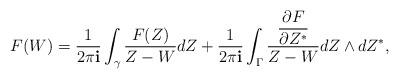
LaTeX: \begin{align*}F(W) = \frac{1}{2\pi{\bf i}} \int_{\gamma} \frac{F(Z)}{Z - W} dZ + \frac{1}{2\pi{\bf i}}\int_{\Gamma} \frac{\dfrac{\partial F}{\partial Z^*}}{Z - W}dZ \wedge dZ^*,\end{align*}